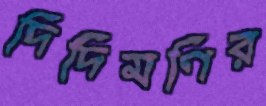
দিদিমণির